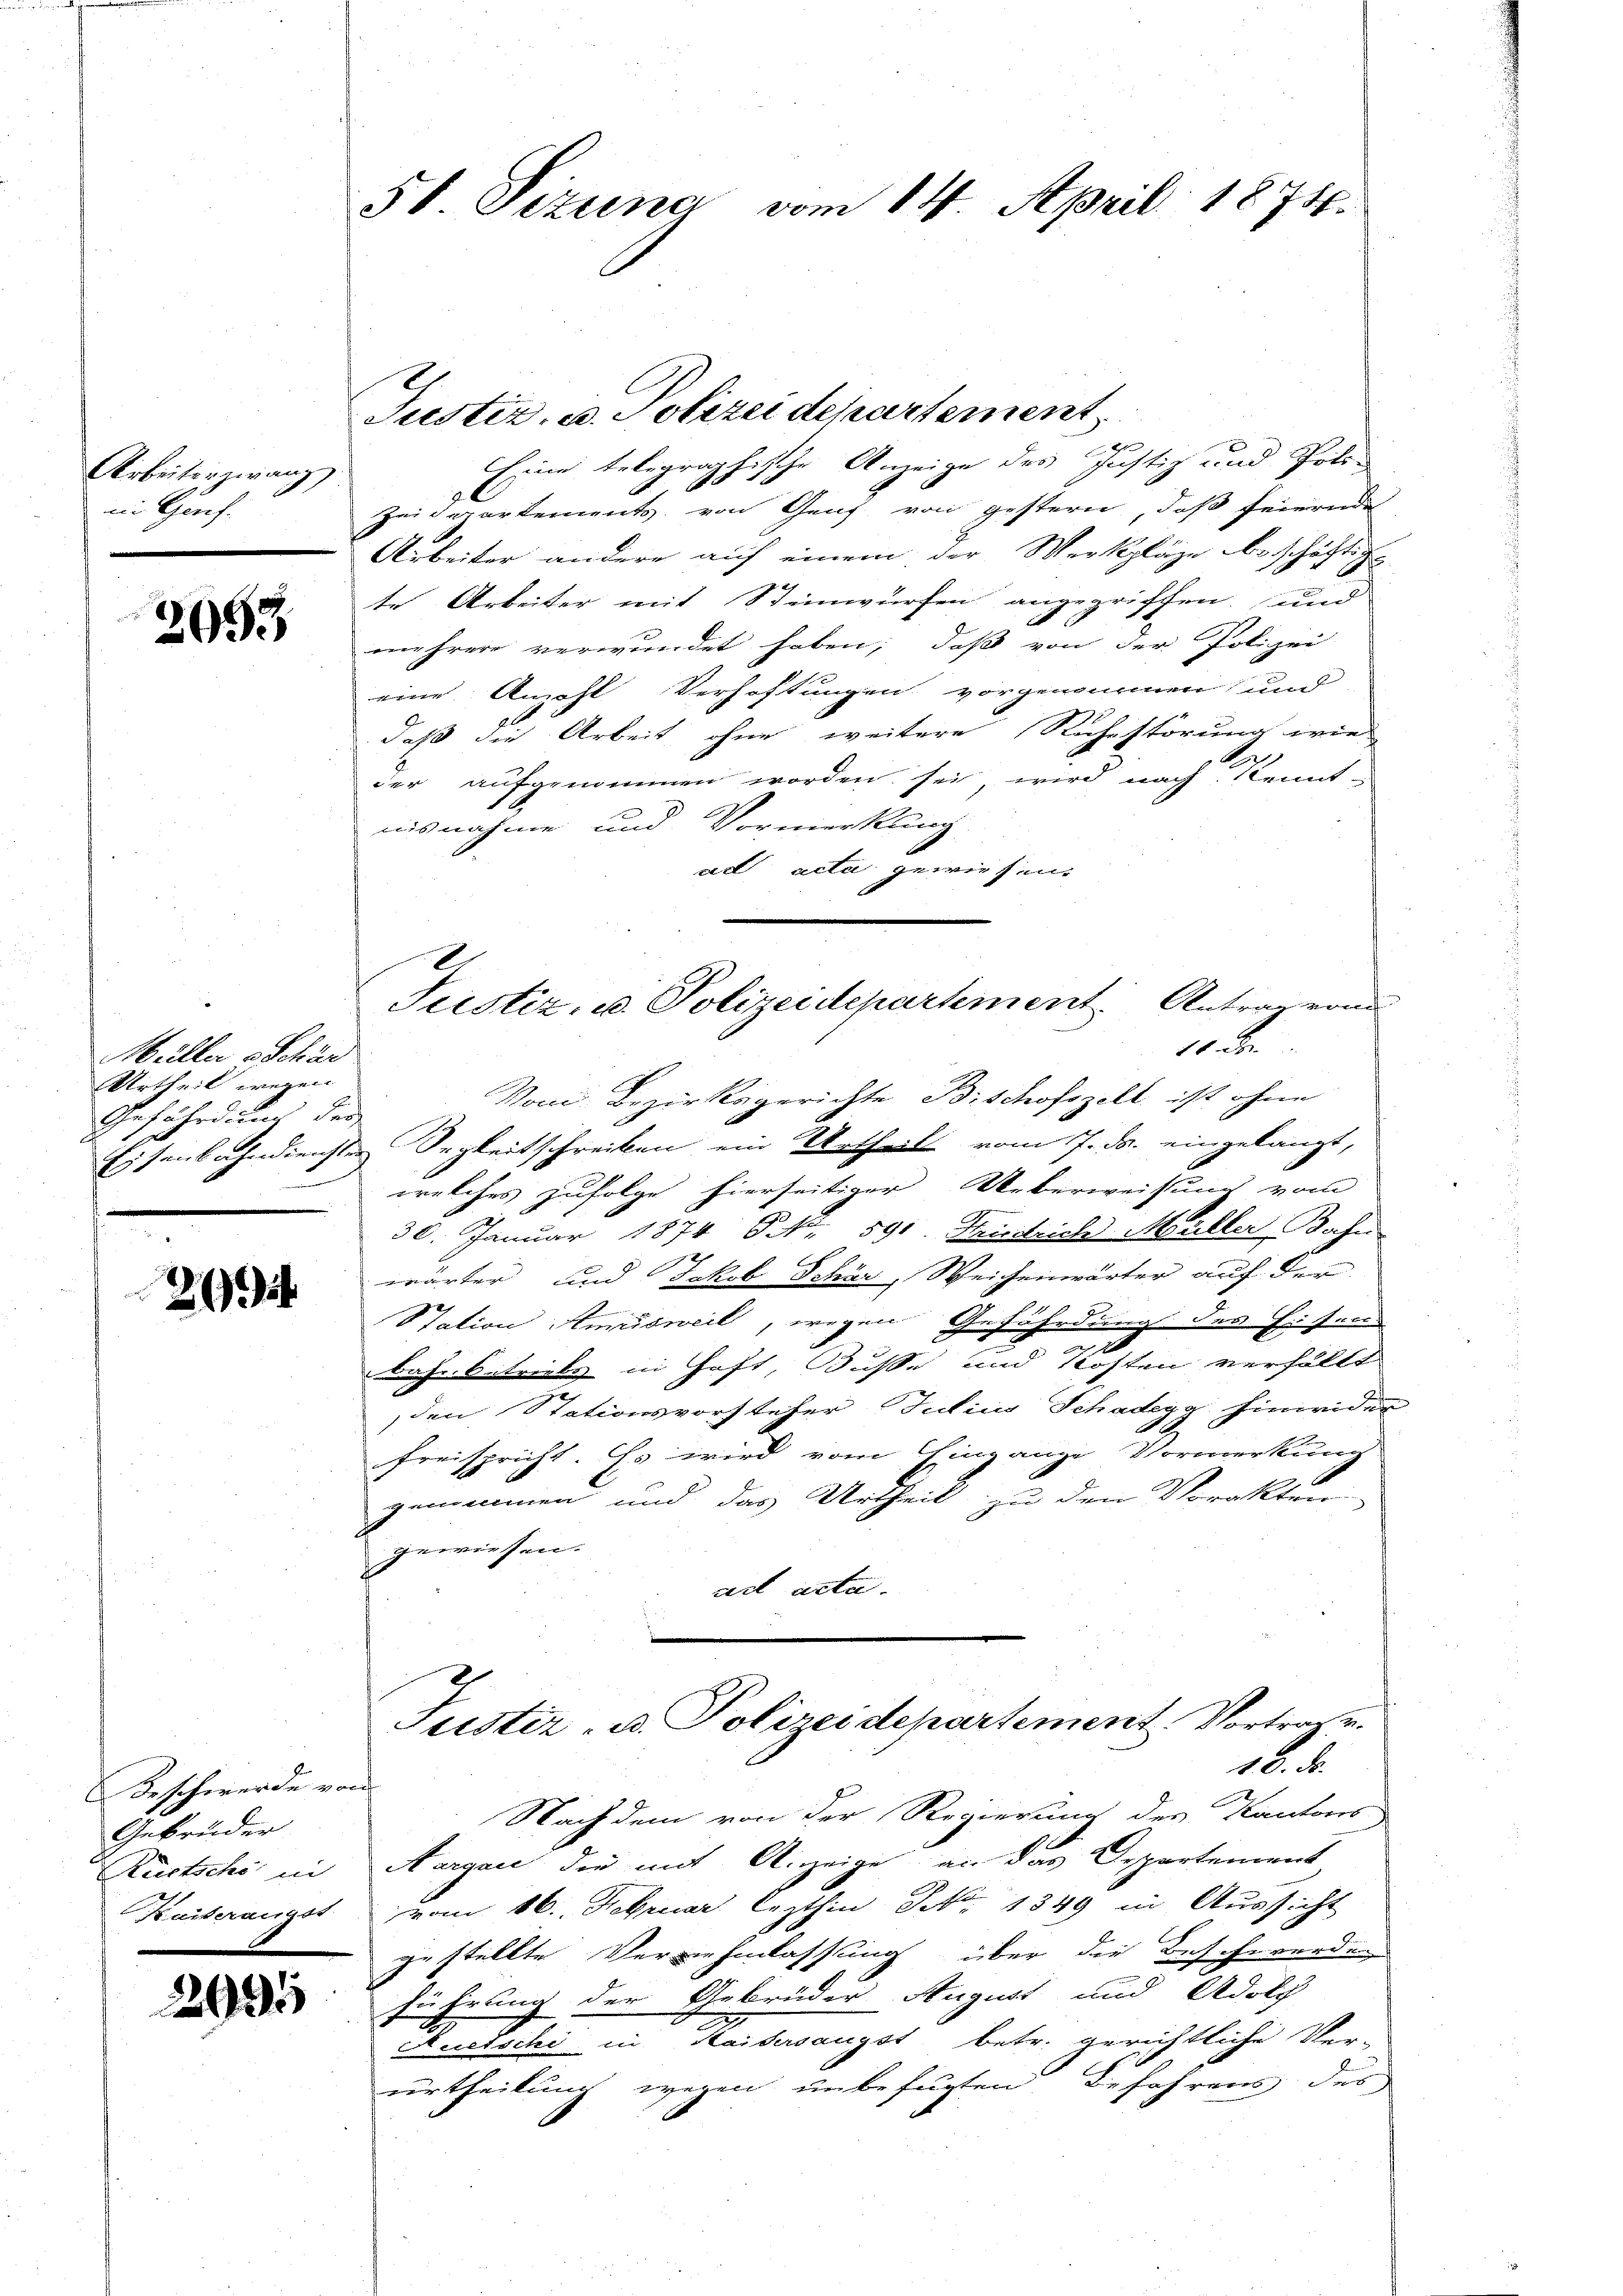
Arbeiter zwang,
in Genf.

2053

Müller - Schär
Urtheil wegen
Gefährdet der
.

2694

Beschwerde von
Gebrüder
Rürtsche in

2995

5b. Pizuna vom 14. April 1874.

Eine telegraphische Anzeige des Justiz und Poli-
Zeidepartements, von Genf von gestern, daß feiernde
Arbeiter andere auf einem der Werkpläge beschäftige
te Arbeiter mit Steinwürfen angegriffen, und
n
mehrere verwundet haben; daß von der Polizei
eine Anzahl Verhaftungen vorgenommen, und
daß die Arbeit ohne weitere Ruhestörung wie
e
der aufgenommen worden sei, wird nach Kennt-
aisnahme und Vormerkung
ad acta gewiesen.
Vom Bezirksgerichte Bischofszell ist ohne
Eisenbahndiensten Segkeitschreiben ein Urtheil vom 7. ds. eingelangt,
welches zufolge hierseitiger Ueberweisung vom
30. Januar 1874 ONNo. 591. Kruschrich Müller, Bahn
wärter und Jakob Schön, Weichenwärter auf der
Station Amrisweil, wegen Gefährdung des H. Hers
xx
bahr betriebs in haft, Busse und Kosten verfällt
den Stationsvorsteher Judico Schadegg hinwider
freispricht. Es wird vom Eingange Vormerkung
genommen und das Urtheil zu den Vorakten
gewiesen.
ad acta.
Justiz- u. Polizeidepartement. Vortrafe.
18. d.
Nachdem von der Regierung der Kantons
Aargau die mit Anzeige, an das Departement
Kaiserangst vom 16. Februar lezthin S. 1349 in Aŭssicht
zestellte Vernehmlassung über die Beschwerden
führung der Gebrüder August und Adolch
Auetschi in Kaisersangst betr. gerichtliche Ver-
urtheilung wegen unbefügten Befahrens des

Justiz, u. Polizeidepartement

Justiz- u. Polizeidepartement Antrag von
10. Den